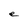
Character: e